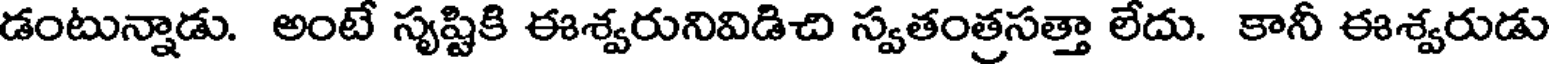
డంటున్నాడు. అంటే సృష్టికి ఈశ్వరునివిడిచి స్వతంత్రసత్తా లేదు. కానీ ఈశ్వరుడు